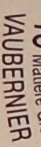
VAUBERNIER